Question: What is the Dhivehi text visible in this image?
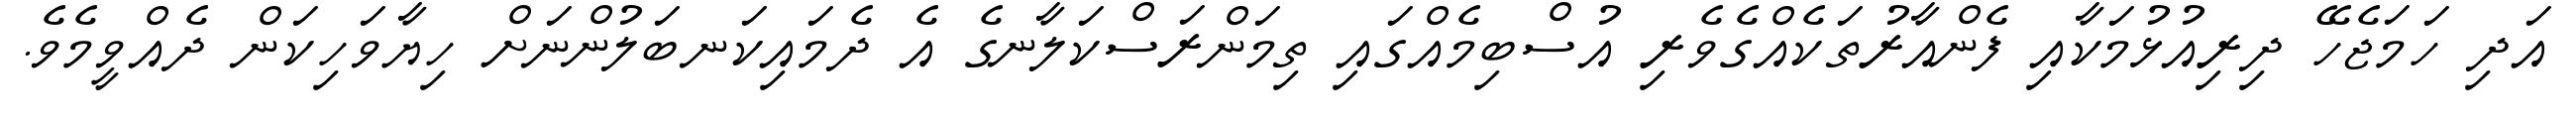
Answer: އަދި ހަމަޖެހޭ ދިރިއުޅުމަކާއި ފެންއާރުތަކެއްގެވެރި އުސްބިމެއްގައި ތިމަންރަސްކަލާނގެ އެ ދެމައިކަނބަލުންނަށް ހިޔާވަހިކަން ދެއްވީމެވެ.